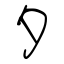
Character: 夕